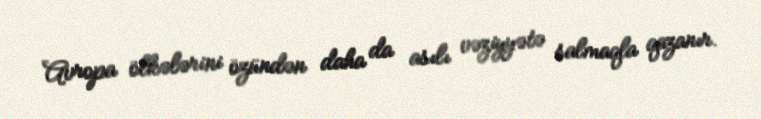
Avropa ölkələrini özündən daha da asılı vəziyyətə salmaqla qazanır.